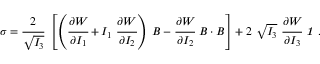
{ \boldsymbol { \sigma } } = { \cfrac { 2 } { \sqrt { I _ { 3 } } } } ~ \left[ \left( { \cfrac { \partial W } { \partial I _ { 1 } } } + I _ { 1 } ~ { \cfrac { \partial W } { \partial I _ { 2 } } } \right) ~ { \boldsymbol { B } } - { \cfrac { \partial W } { \partial I _ { 2 } } } ~ { \boldsymbol { B } } \cdot { \boldsymbol { B } } \right] + 2 ~ { \sqrt { I _ { 3 } } } ~ { \cfrac { \partial W } { \partial I _ { 3 } } } ~ { \boldsymbol { \mathit { 1 } } } ~ .